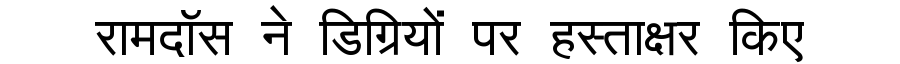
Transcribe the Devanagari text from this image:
रामदॉस ने डिग्रियों पर हस्ताक्षर किए